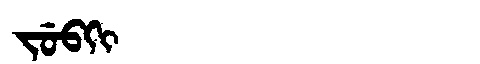
Manchu: ᠵᡠᠪᡴᡳ
Romanization: JUBKI